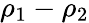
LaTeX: \rho_{1}-\rho_{2}